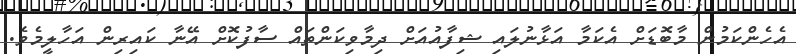
އެހެންކަމުން މާބޮޑަށް އެކަމާ އަޅާނުލައި ޝިފާއުއަށް ދިމާވިކަންތައް ސާފުކޮށް އޭނާ ކައިރިން އަހާލީމެވެ.